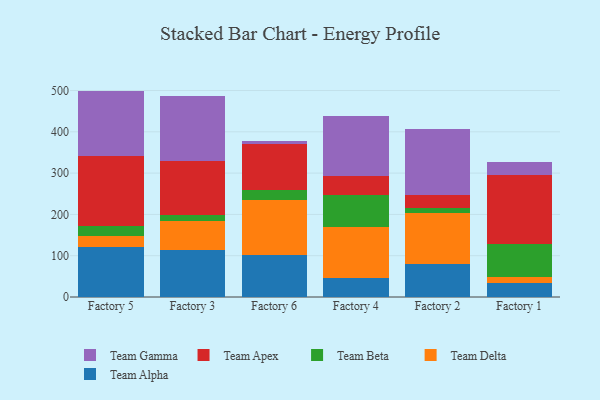
{"axis": {"x": "Factory", "y": "Waste Production (Tons)"}, "legend": ["Team Alpha", "Team Apex", "Team Beta", "Team Delta", "Team Gamma"], "data": [{"x": "Factory 5", "y": 121.9, "type": "Team Alpha"}, {"x": "Factory 5", "y": 25.3, "type": "Team Delta"}, {"x": "Factory 5", "y": 24.1, "type": "Team Beta"}, {"x": "Factory 5", "y": 169.3, "type": "Team Apex"}, {"x": "Factory 5", "y": 158.6, "type": "Team Gamma"}, {"x": "Factory 3", "y": 114.1, "type": "Team Alpha"}, {"x": "Factory 3", "y": 69.6, "type": "Team Delta"}, {"x": "Factory 3", "y": 14.7, "type": "Team Beta"}, {"x": "Factory 3", "y": 130.8, "type": "Team Apex"}, {"x": "Factory 3", "y": 157.4, "type": "Team Gamma"}, {"x": "Factory 6", "y": 101.9, "type": "Team Alpha"}, {"x": "Factory 6", "y": 132.4, "type": "Team Delta"}, {"x": "Factory 6", "y": 23.8, "type": "Team Beta"}, {"x": "Factory 6", "y": 112.4, "type": "Team Apex"}, {"x": "Factory 6", "y": 6.1, "type": "Team Gamma"}, {"x": "Factory 4", "y": 45.3, "type": "Team Alpha"}, {"x": "Factory 4", "y": 124.8, "type": "Team Delta"}, {"x": "Factory 4", "y": 76.5, "type": "Team Beta"}, {"x": "Factory 4", "y": 46.5, "type": "Team Apex"}, {"x": "Factory 4", "y": 144.8, "type": "Team Gamma"}, {"x": "Factory 2", "y": 79.5, "type": "Team Alpha"}, {"x": "Factory 2", "y": 124.5, "type": "Team Delta"}, {"x": "Factory 2", "y": 11.8, "type": "Team Beta"}, {"x": "Factory 2", "y": 31.3, "type": "Team Apex"}, {"x": "Factory 2", "y": 160.2, "type": "Team Gamma"}, {"x": "Factory 1", "y": 34.6, "type": "Team Alpha"}, {"x": "Factory 1", "y": 13.2, "type": "Team Delta"}, {"x": "Factory 1", "y": 81.6, "type": "Team Beta"}, {"x": "Factory 1", "y": 166.6, "type": "Team Apex"}, {"x": "Factory 1", "y": 31.3, "type": "Team Gamma"}]}